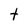
Character: t